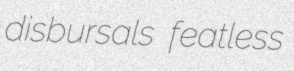
disbursals featless